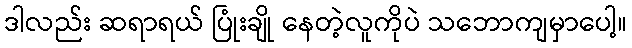
ဒါလည်း ဆရာရယ် ပြုံးချို နေတဲ့လူကိုပဲ သဘောကျမှာပေါ့။